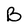
Character: B